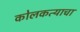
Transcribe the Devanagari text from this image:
कोलकत्याचा